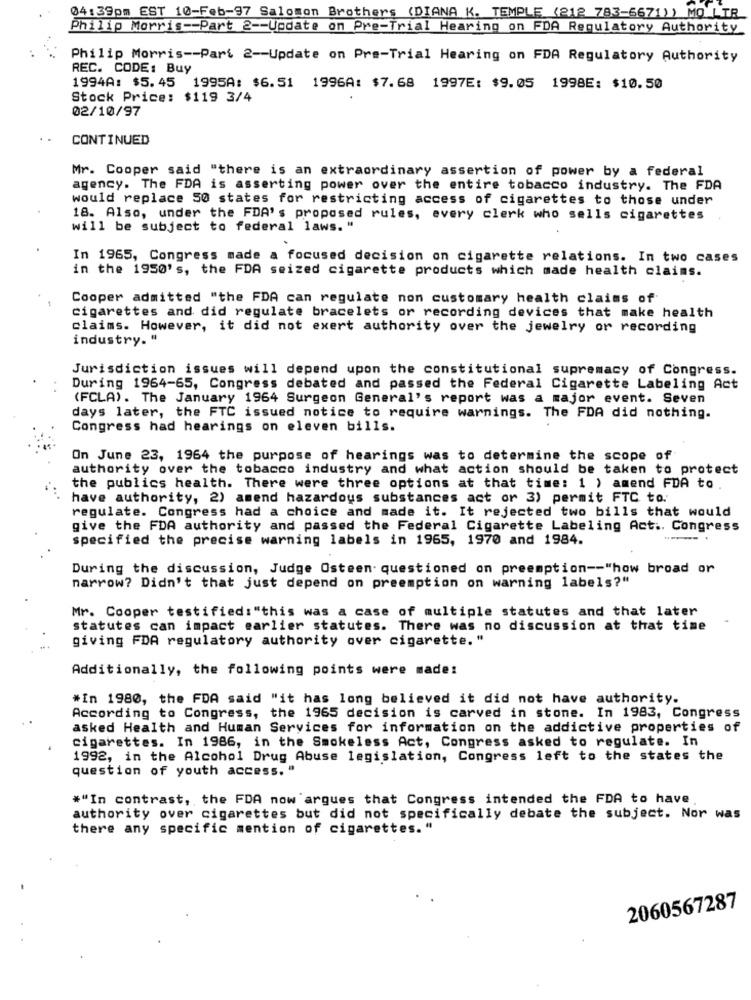
04:39pm EST 10-Feb-97 Salomon Brothers (DIANA K. TEMPLE (212 783-6671) ) MO LTR
Philip Morris -- Part 2 -- Update on Pre-Trial Hearing on FDA Regulatory Authority
Philip Morris -- Part 2 -- Update on Pre-Trial Hearing on FDA Regulatory Authority
REC. CODE: Buy
1994A: $5.45
1995A: $6.51 1996A: $7.68 1997E: $9.05 1998E: $10.50
Stock Price: $119 3/4
02/10/97
CONTINUED
Mr. Cooper said "there is an extraordinary assertion of power by a federal
agency. The FDA is asserting power over the entire tobacco industry. The FDA
would replace 50 states for restricting access of cigarettes to those under
18. Also, under the FDA's proposed rules, every clerk who sells cigarettes
will be subject to federal laws. "
In 1965, Congress made a focused decision on cigarette relations. In two cases
in the 1950's, the FDA seized cigarette products which made health claims.
Cooper admitted "the FDA can regulate non customary health claims of
cigarettes and did regulate bracelets or recording devices that make health
claims. However, it did not exert authority over the jewelry or recording
industry. "
Jurisdiction issues will depend upon the constitutional supremacy of Congress.
During 1964-65, Congress debated and passed the Federal Cigarette Labeling Act
(FCLA). The January 1964 Surgeon General's report was a major event. Seven
days later, the FTC issued notice to require warnings. The FDA did nothing.
Congress had hearings on eleven bills.
On June 23, 1964 the purpose of hearings was to determine the scope of
authority over the tobacco industry and what action should be taken to protect
the publics health. There were three options at that time: 1 ) amend FDA to
have authority, 2) amend hazardous substances act or 3) permit FTC to.
regulate. Congress had a choice and made it. It rejected two bills that would
give the FDA authority and passed the Federal Cigarette Labeling Act .. Congress
specified the precise warning labels in 1965, 1970 and 1984.
During the discussion, Judge Osteen- questioned on preemption -- "how broad or
narrow? Didn't that just depend on preemption on warning labels?"
Mr. Cooper testified: "this was a case of multiple statutes and that later
statutes can impact earlier statutes. There was no discussion at that time
giving FDA regulatory authority over cigarette."
Additionally, the following points were made:
#In 1980, the FDA said "it has long believed it did not have authority.
According to Congress, the 1965 decision is carved in stone. In 1983, Congress
asked Health and Human Services for information on the addictive properties of
cigarettes. In 1986, in the Smokeless Act, Congress asked to regulate. In
1992, in the Alcohol Drug Abuse legislation, Congress left to the states the
question of youth access. "
#"In contrast, the FDA now argues that Congress intended the FDA to have
authority over cigarettes but did not specifically debate the subject. Nor was
there any specific mention of cigarettes."
2060567287